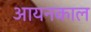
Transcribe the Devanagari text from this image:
आयनकाल